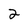
Character: 2